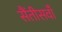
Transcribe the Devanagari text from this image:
सैंतीसवाँ